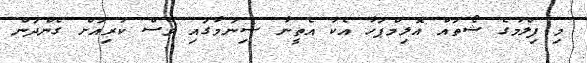
މި ފިލްމުގެ ޝޯތައް އޮލިމްޕަހާ އެކު އެތީނާ ސިނަމާގައި ވެސް ކުރިއަށް ގެންދަން